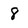
Character: 8